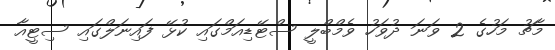
މާޗު މަހުގެ 2 ވަނަ ދުވަހު ވެމްބްލީ ސްޓޭޑިއަމްގައި ކުޅޭ ފައިނަލްގައި ސިޓީއާ